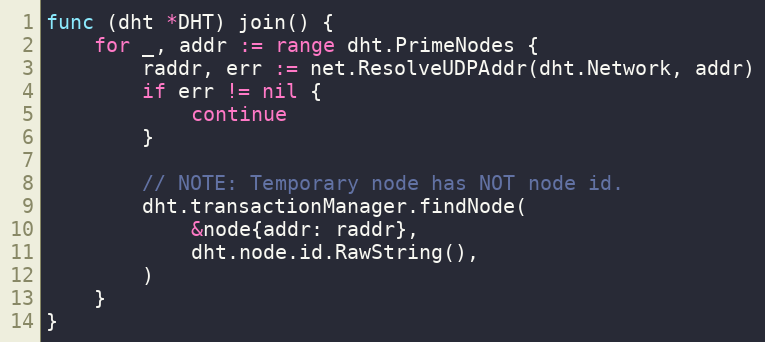
Language: Go
func (dht *DHT) join() {
	for _, addr := range dht.PrimeNodes {
		raddr, err := net.ResolveUDPAddr(dht.Network, addr)
		if err != nil {
			continue
		}

		// NOTE: Temporary node has NOT node id.
		dht.transactionManager.findNode(
			&node{addr: raddr},
			dht.node.id.RawString(),
		)
	}
}